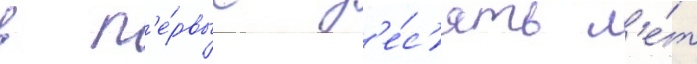
в п'е́рвые д'е́с'ять л'е́т